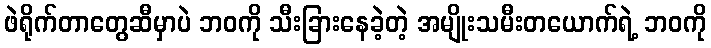
ဖဲရိုက်တာတွေဆီမှာပဲ ဘဝကို သီးခြားနေခဲ့တဲ့ အမျိုးသမီးတယောက်ရဲ့ ဘဝကို